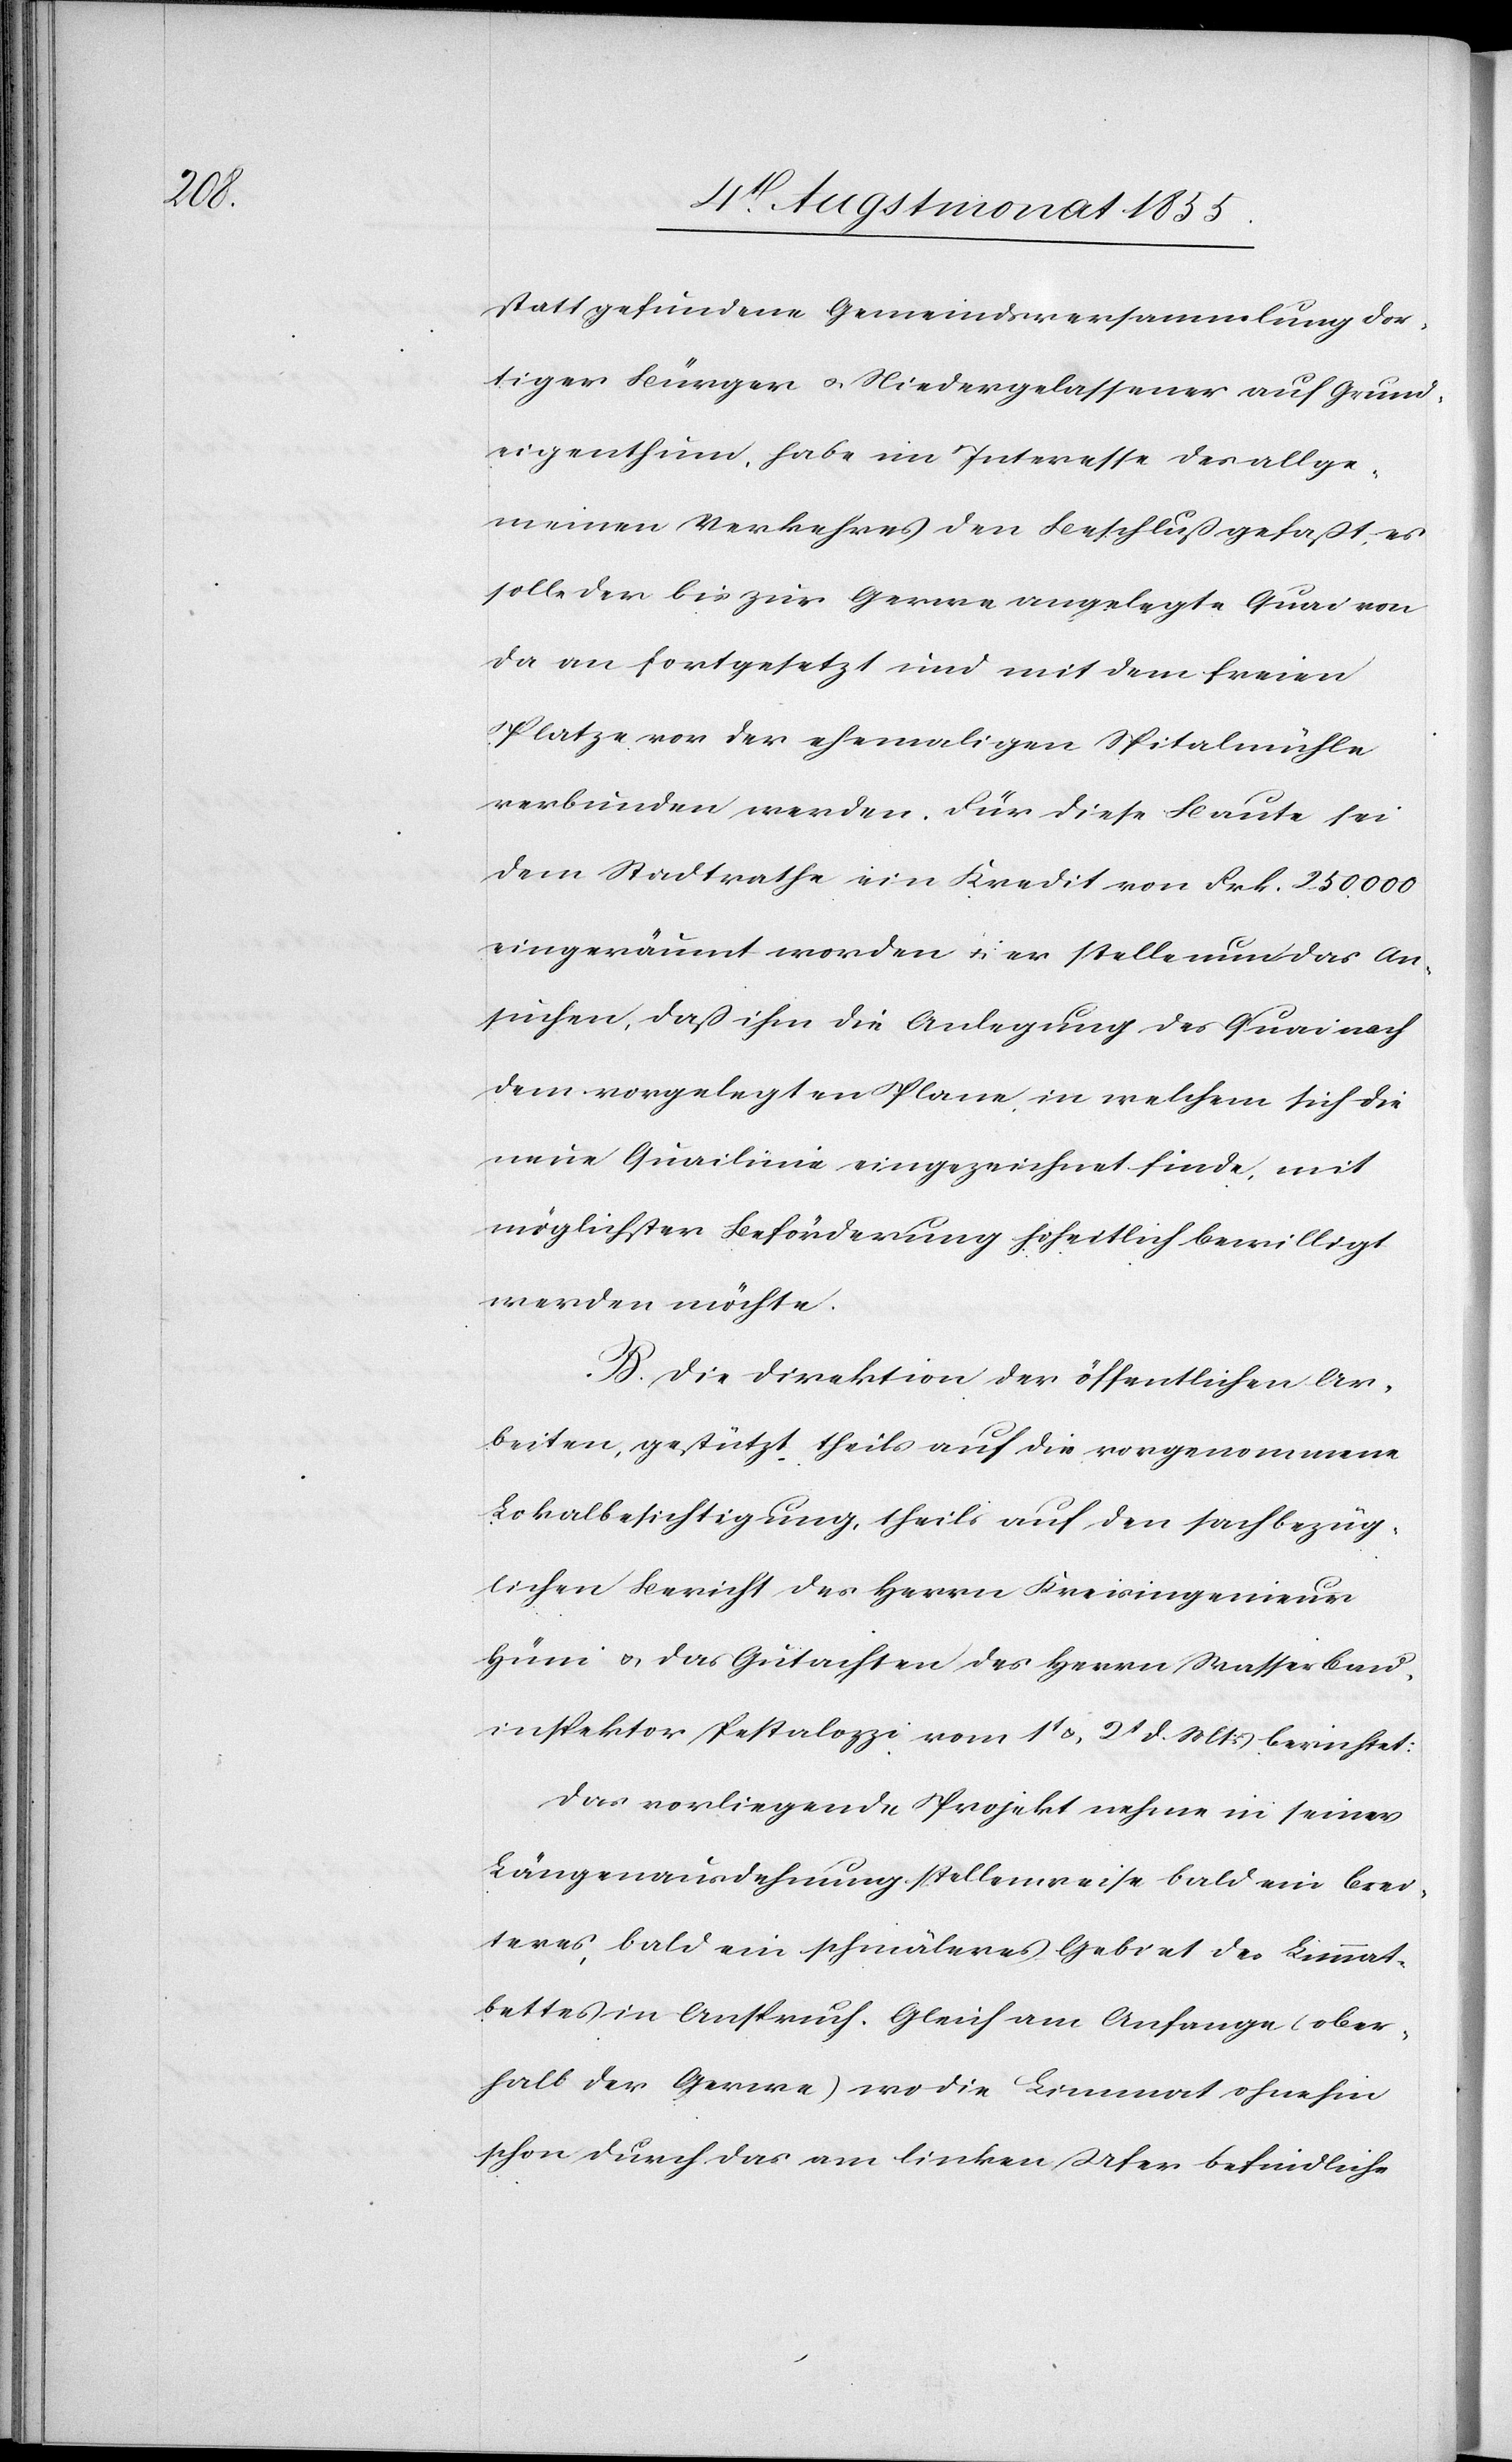
stattgefundene Gemeindsversammlung dor¬
tiger Bürger & Niedergelassener auf Grund¬
eigenthum, habe im Interesse des allge¬
meinen Verkehres den Beschluß gefaßt, es
solle der bis zur Gerwe angelegte Quai von
da an fortgesetzt und mit dem freien
Platze vor der ehemaligen Spitalmühle
verbunden werden. Für diese Baute sei
dem Stadtrathe ein Kredit von Frk. 250,000
eingeräumt worden & er stelle nun das An¬
suchen, daß ihm die Anlegung des Quai nach
dem vorgelegten Plane, in welchem sich die
neue Quailinie eingezeichnet finde, mit
möglichster Beförderung hoheitlich bewilligt
werden möchte.
B. Die Direktion der öffentlichen Ar¬
beiten, gestützt theils auf die vorgenommene
Lokalbesichtigung, theils auf den sachbezüg¬
lichen Bericht des Herrn Kreisingenieur
Hüni & das Gutachten des Herrn Wasserbau¬
inspektor Pestalozzi vom 1t & 2t d. Mts berichtet:
Das vorliegende Projekt nehme in seiner
Längenausdehnung stellenweise bald ein brei¬
teres, bald ein schmäleres Gebiet des Limmat¬
bettes in Anspruch. Gleich am Anfange (ober¬
halb der Gerwe) wo die Limmat ohnehin
schon durch das am linken Ufer befindliche